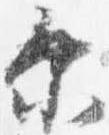
示